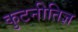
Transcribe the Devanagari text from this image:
कुटनीतिज्ञ